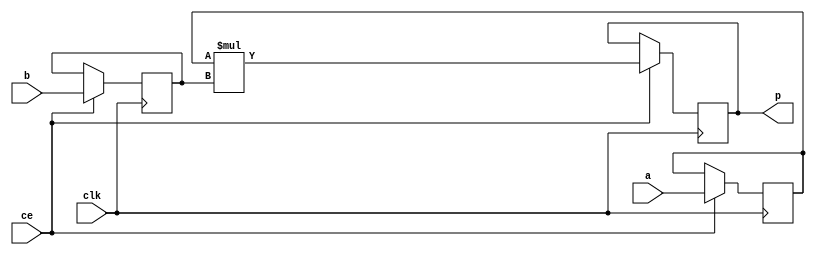
module feedforward_mul_7ns_31ns_38_3_Mul3S_0(clk, ce, a, b, p);
input clk;
input ce;
input[7 - 1 : 0] a; // synthesis attribute keep a "true"
input[31 - 1 : 0] b; // synthesis attribute keep b "true"
output[38 - 1 : 0] p;

reg [7 - 1 : 0] a_reg0;
reg [31 - 1 : 0] b_reg0;
wire [38 - 1 : 0] tmp_product;
reg [38 - 1 : 0] buff0;

assign p = buff0;
assign tmp_product = a_reg0 * b_reg0;
always @ (posedge clk) begin
    if (ce) begin
        a_reg0 <= a;
        b_reg0 <= b;
        buff0 <= tmp_product;
    end
end
endmodule